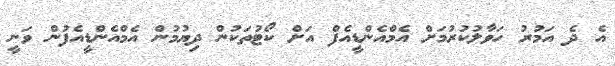
އެ ދެ އަމުރު ހަވާލުކުރުމަށް އެމްއެންޑީއެފް އަށް ކޯޓުތަކުން ދިޔުމުން އެމްއެންޑީއެފުން ވަނީ